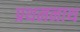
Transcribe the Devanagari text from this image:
प्रथमनाथ